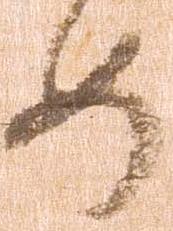
如